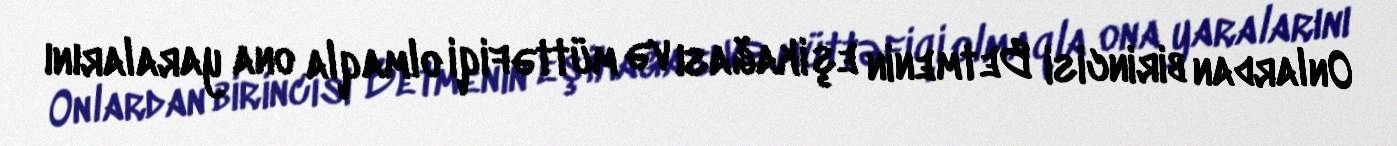
Onlardan birincisi Betmenin eşikağası və müttəfiqi olmaqla ona yaralarını